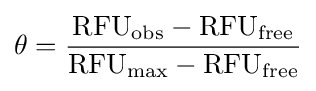
\theta ={\frac {\mathrm {RFU_{obs}} -\mathrm {RFU_{free}} }{\mathrm {RFU_{max}} -\mathrm {RFU_{free}} }}